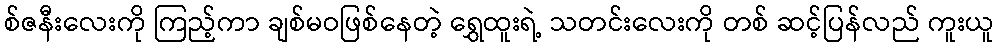
စ်ဇနီးလေးကို ကြည့်ကာ ချစ်မဝဖြစ်နေတဲ့ ရွှေထူးရဲ့ သတင်းလေးကို တစ် ဆင့်ပြန်လည် ကူးယူ